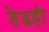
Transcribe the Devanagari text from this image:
तेढही